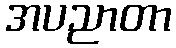
အပညာတာ